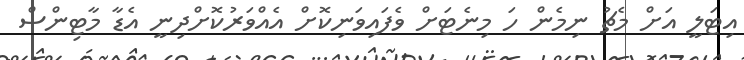
އިޓަލީ އަށް މެެޗު ނިމެން ހަ މިނެޓަށް ވެފައިވަނިކޮށް އެއްވަރުކޮށްދިނީ އެޑާ މާޓިންސް